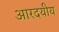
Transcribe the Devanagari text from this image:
आरदयीय